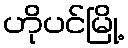
ဟိုပင်မြို့